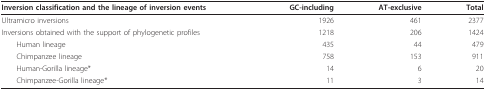
<table><thead><tr><td><b>Inversion classification and the lineage of inversion events</b></td><td><b>GC-including</b></td><td><b>AT-exclusive</b></td><td><b>Total</b></td></tr></thead><tbody><tr><td>Ultramicro inversions</td><td>1926</td><td>461</td><td>2377</td></tr><tr><td>Inversions obtained with the support of phylogenetic profiles</td><td>1218</td><td>206</td><td>1424</td></tr><tr><td> Human lineage</td><td>435</td><td>44</td><td>479</td></tr><tr><td> Chimpanzee lineage</td><td>758</td><td>153</td><td>911</td></tr><tr><td> Human-Gorilla lineage*</td><td>14</td><td>6</td><td>20</td></tr><tr><td> Chimpanzee-Gorilla lineage*</td><td>11</td><td>3</td><td>14</td></tr></tbody></table>